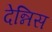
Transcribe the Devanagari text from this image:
देन्निस